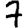
Digit: 7